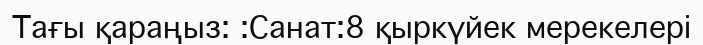
Тағы қараңыз: :Санат:8 қыркүйек мерекелері